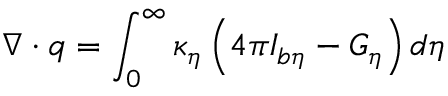
\nabla \cdot q = \int _ { 0 } ^ { \infty } \kappa _ { \eta } \left( 4 \pi I _ { b \eta } - G _ { \eta } \right) d \eta